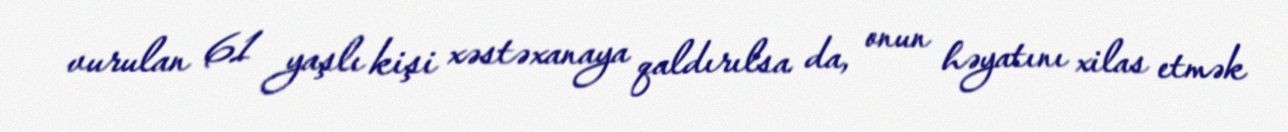
vurulan 61 yaşlı kişi xəstəxanaya qaldırılsa da, onun həyatını xilas etmək